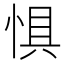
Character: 惧